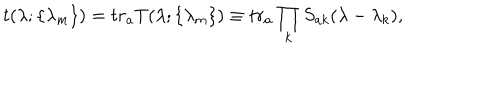
t ( \lambda ; \{ \lambda _ { m } \} ) = t r _ { a } T ( \lambda ; \{ \lambda _ { m } \} ) \equiv t r _ { a } \prod _ { k } S _ { a k } ( \lambda - \lambda _ { k } ) ,